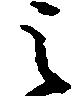
之